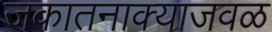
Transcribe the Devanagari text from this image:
जकातनाक्याजवळ